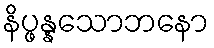
နိပ္ဖန္နသောဘနော